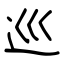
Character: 巡